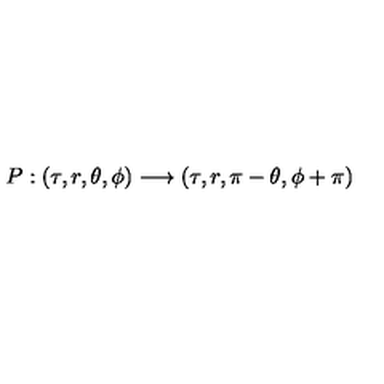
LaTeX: { P : ( { \tau } , r , { \theta } , { \phi } ) \longrightarrow ( { \tau } , r , { \pi } - { \theta } , { \phi } + { \pi } ) }